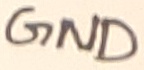
Text: GND